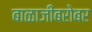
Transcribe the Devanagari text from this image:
बाळाजींबरोबर